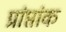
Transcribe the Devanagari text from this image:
प्रांप्तांक